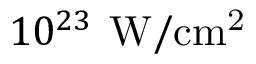
1 0 ^ { 2 3 } \, \mathrm { \: W / c m ^ { 2 } }